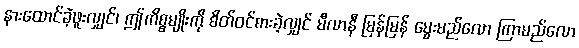
နားထောင်ခဲ့ဖူးလျှင်၊ ဤကိစ္စမျိုးကို စိတ်ဝင်စားခဲ့လျှင် မီလာနီ မြန်မြန် မွေးမည်လော ကြာမည်လော